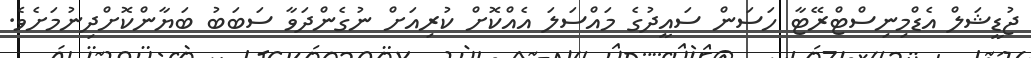
ޖުޑީޝަލް އެޑްމިނިސްޓްރޭޓާ ހަސަން ސައީދުގެ މައްސަލަ އެއްކޮށް ކުރިއަށް ނުގެންދަވާ ސަބަބު ބަޔާންކޮށްދިނުމަށެވެ.